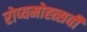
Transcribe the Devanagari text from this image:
रोप्यमोह्त्सवी